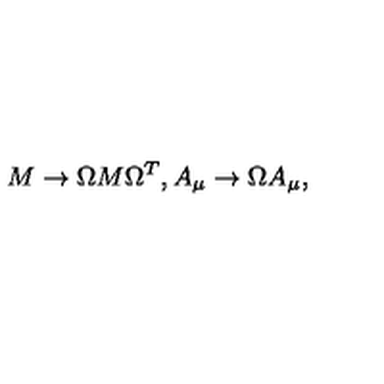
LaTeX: M \rightarrow \Omega M \Omega ^ { T } , A _ { \mu } \rightarrow \Omega A _ { \mu } { } ,